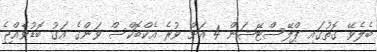
ބެލެވޭ ގޮތުގައި ޕްލޭސްޓޭޝަން 4 އަށް ވުރެ އެކްބޮކްސް ވަންގެ އަގު ބޮޑުވެއްޖެ